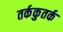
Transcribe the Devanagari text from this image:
तर्ककुतर्क